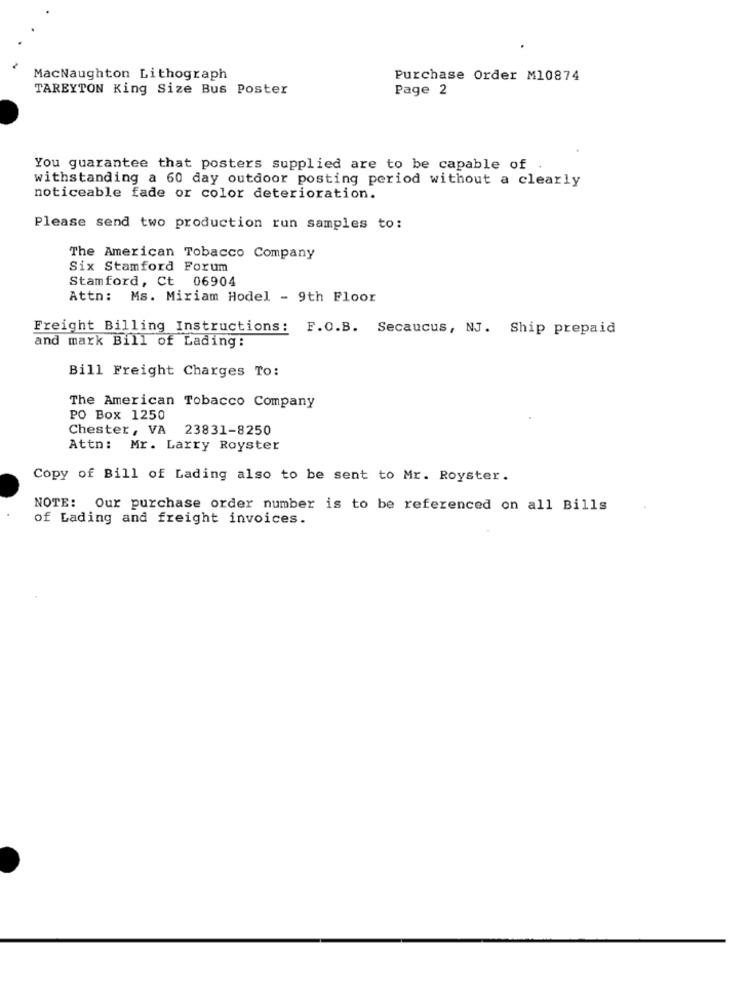
MacNaughton Lithograph
Purchase Order M10874
TAREYTON King Size Bus Poster
Page 2
You guarantee that posters supplied are to be capable of .
withstanding a 60 day outdoor posting period without a clearly
noticeable fade or color deterioration.
Please send two production run samples to:
The American Tobacco Company
Six Stamford Forum
Stamford, Ct 06904
Attn:
Ms. Miriam Hodel - 9th Floor
Freight Billing Instructions: F.O.B. Secaucus, NJ. Ship prepaid
and mark Bill of Lading:
Bill Freight Charges To:
The American Tobacco Company
PO Box 1250
Chester, VA
23831-8250
Attn: Mr. Larry Royster
Copy of Bill of Lading also to be sent to Mr. Royster.
NOTE: Our purchase order number is to be referenced on all Bills
of Lading and freight invoices.